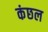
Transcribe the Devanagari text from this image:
कंछल